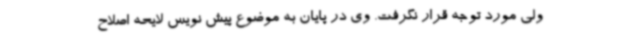
ولی مورد توجه قرار نگرفت. وی در پایان به موضوع پیش نویس لایحه اصلاح